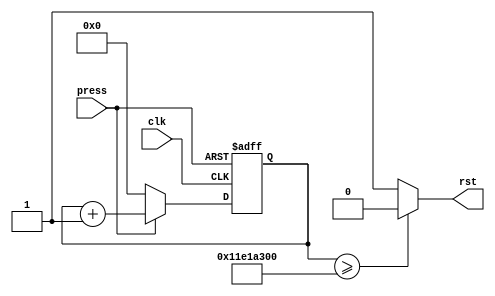
`timescale 1ns / 1ps
//////////////////////////////////////////////////////////////////////////////////
// Company: 
// Engineer: 
// 
// Design Name: 
// Module Name: reset_counter
// Project Name: 
// Target Devices: 
// Tool Versions: 
// Description: 
// 
// Dependencies: 
// 
// Revision:
// Revision 0.01 - File Created
// Additional Comments:
// 
//////////////////////////////////////////////////////////////////////////////////


module reset_counter(press, clk, rst);
    input press, clk;
    output rst;
    
    reg [29:0] q;
    reg [29:0] q_temp;
    reg rst;
        
    always @* begin
        if(press == 1'b0)
            q_temp = 30'b0;
        else
            q_temp = q + 1'b1;
    end
    
    always @(posedge clk or negedge press) begin
        if(~press)
            q <= 30'b0;
        else
            q <= q_temp;
    end
    
    always @* begin
        if(q >= 30'd300000000)
            rst = 1'b0;
        else
            rst = 1'b1;
    end
endmodule